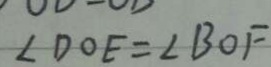
\angle D O E = \angle B O F